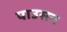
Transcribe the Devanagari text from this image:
पाउसन